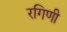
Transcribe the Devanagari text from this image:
रगिणी